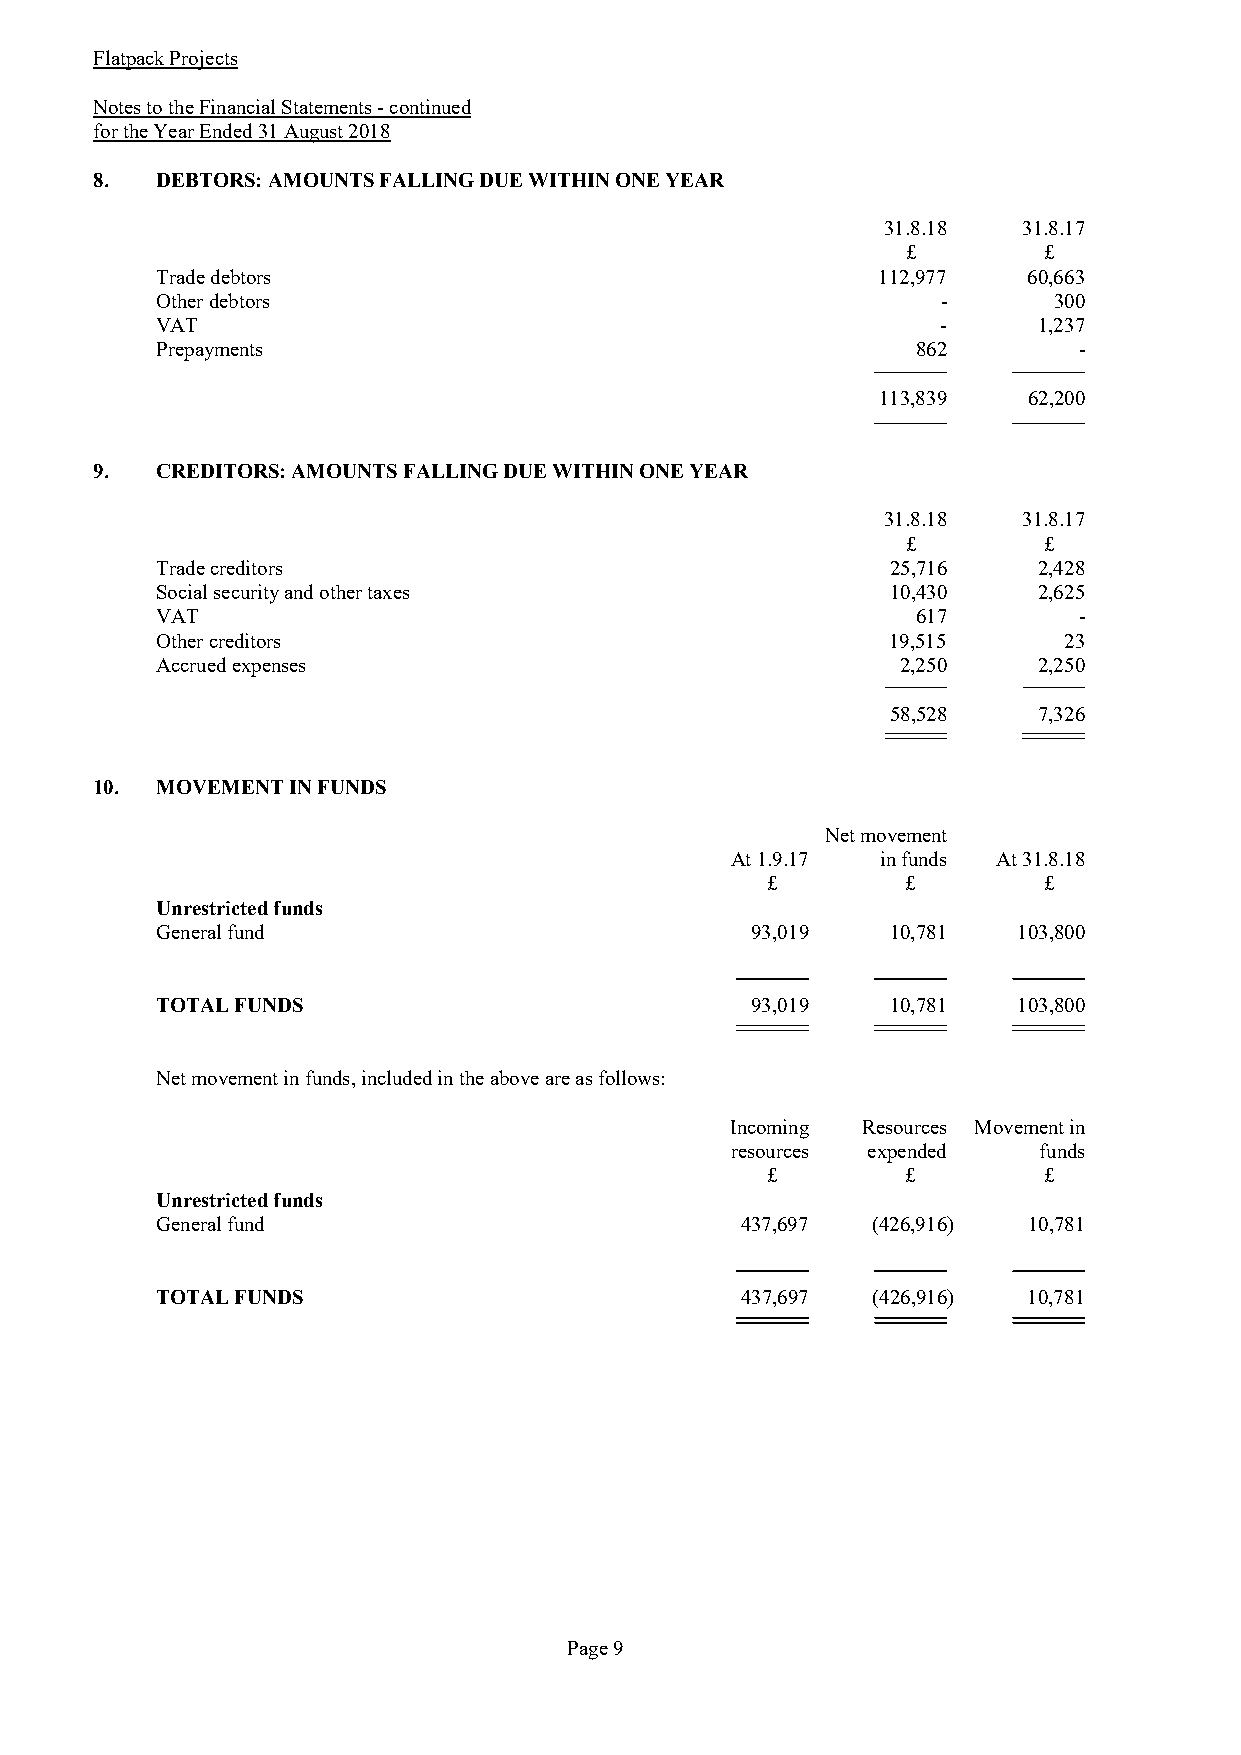
Flatpack Projects
 Notes to the Financial Statements - continued
 for the Year Ended 31 August 2018
 8.  DEBTORS: AMOUNTS FALLING DUE WITHIN ONE YEAR
 31.8.18   31.8.17
 £        £
 Trade debtors                                   112,977   60,663
 Other debtors                                       -       300
 VAT                                                 -      1,237
 Prepayments                                        862       -
 113,839   62,200
 9.  CREDITORS: AMOUNTS FALLING DUE WITHIN ONE YEAR
 31.8.18   31.8.17
 £        £
 Trade creditors                                  25,716    2,428
 Social security and other taxes                  10,430    2,625
 VAT                                                617       -
 Other creditors                                  19,515     23
 Accrued expenses                                  2,250    2,250
 58,528    7,326
 10. MOVEMENT IN FUNDS
 Net movement
 At 1.9.17 in funds At 31.8.18
 £        £        £
 Unrestricted funds
 General fund                            93,019   10,781  103,800
 TOTAL FUNDS                             93,019   10,781  103,800
 Net movement in funds, included in the above are as follows:
 Incoming Resources Movement in
 resources expended   funds
 £        £        £
 Unrestricted funds
 General fund                           437,697  (426,916) 10,781
 TOTAL FUNDS                            437,697  (426,916) 10,781
 Page 9